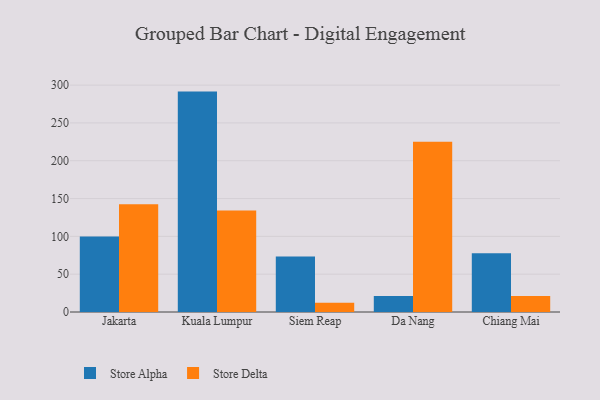
{"axis": {"x": "City", "y": "Headcount"}, "legend": ["Store Alpha", "Store Delta"], "data": [{"x": "Jakarta", "y": 99.7, "type": "Store Alpha"}, {"x": "Jakarta", "y": 142.5, "type": "Store Delta"}, {"x": "Kuala Lumpur", "y": 291.4, "type": "Store Alpha"}, {"x": "Kuala Lumpur", "y": 134.1, "type": "Store Delta"}, {"x": "Siem Reap", "y": 73.5, "type": "Store Alpha"}, {"x": "Siem Reap", "y": 12.2, "type": "Store Delta"}, {"x": "Da Nang", "y": 21.3, "type": "Store Alpha"}, {"x": "Da Nang", "y": 225.0, "type": "Store Delta"}, {"x": "Chiang Mai", "y": 77.6, "type": "Store Alpha"}, {"x": "Chiang Mai", "y": 21.2, "type": "Store Delta"}]}